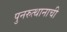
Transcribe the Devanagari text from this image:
पुनरुत्थानाची